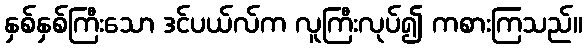
နှစ်နှစ်ကြီးသော ဒင်ပယ်လ်က လူကြီးလုပ်၍ ကစားကြသည်။